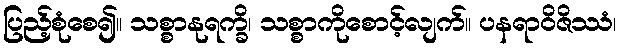
ပြည့်စုံစေ၍။ သစ္စာနုရက္ခိ၊ သစ္စာကိုစောင့်လျက်။ ပနရာဝိဇိဿံ၊